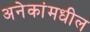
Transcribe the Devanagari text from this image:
अनेकांमधील